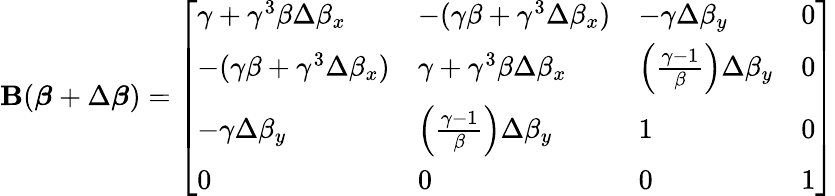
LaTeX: \mathbf{B}({\boldsymbol{\beta}}+\Delta{\boldsymbol{\beta}})={\left[\begin{array}{llll}{\gamma+\gamma^{3}\beta\Delta\beta_{x}}&{-(\gamma\beta+\gamma^{3}\Delta\beta_{x})}&{-\gamma\Delta\beta_{y}}&{0}\\ {-(\gamma\beta+\gamma^{3}\Delta\beta_{x})}&{\gamma+\gamma^{3}\beta\Delta\beta_{x}}&{\left({\frac{\gamma-1}{\beta}}\right)\Delta\beta_{y}}&{0}\\ {-\gamma\Delta\beta_{y}}&{\left({\frac{\gamma-1}{\beta}}\right)\Delta\beta_{y}}&{1}&{0}\\ {0}&{0}&{0}&{1}\end{array}\right]}